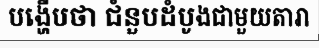
បង្ហើបថា ជំនួបដំបូងជាមួយតារា